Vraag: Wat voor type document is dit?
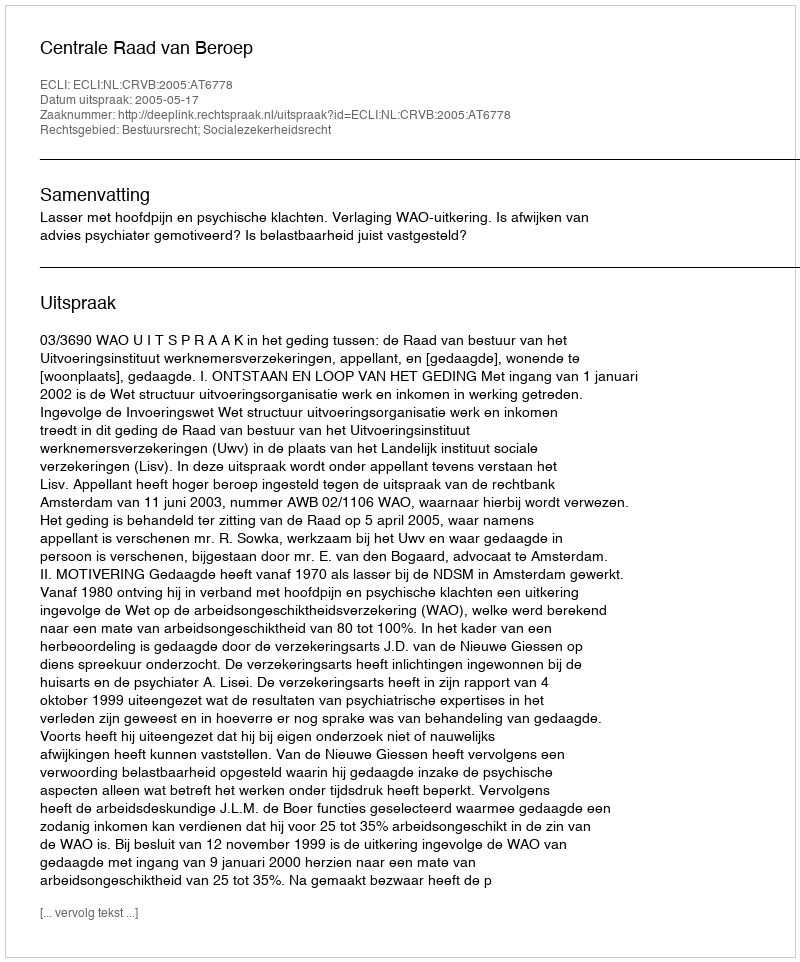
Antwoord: Uitspraak